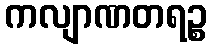
ကလျာဏတရဉ္စ